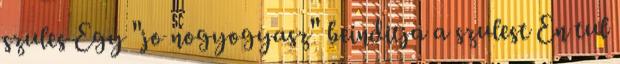
szules Egy "jo nogyogyasz" beinditja a szulest En tul